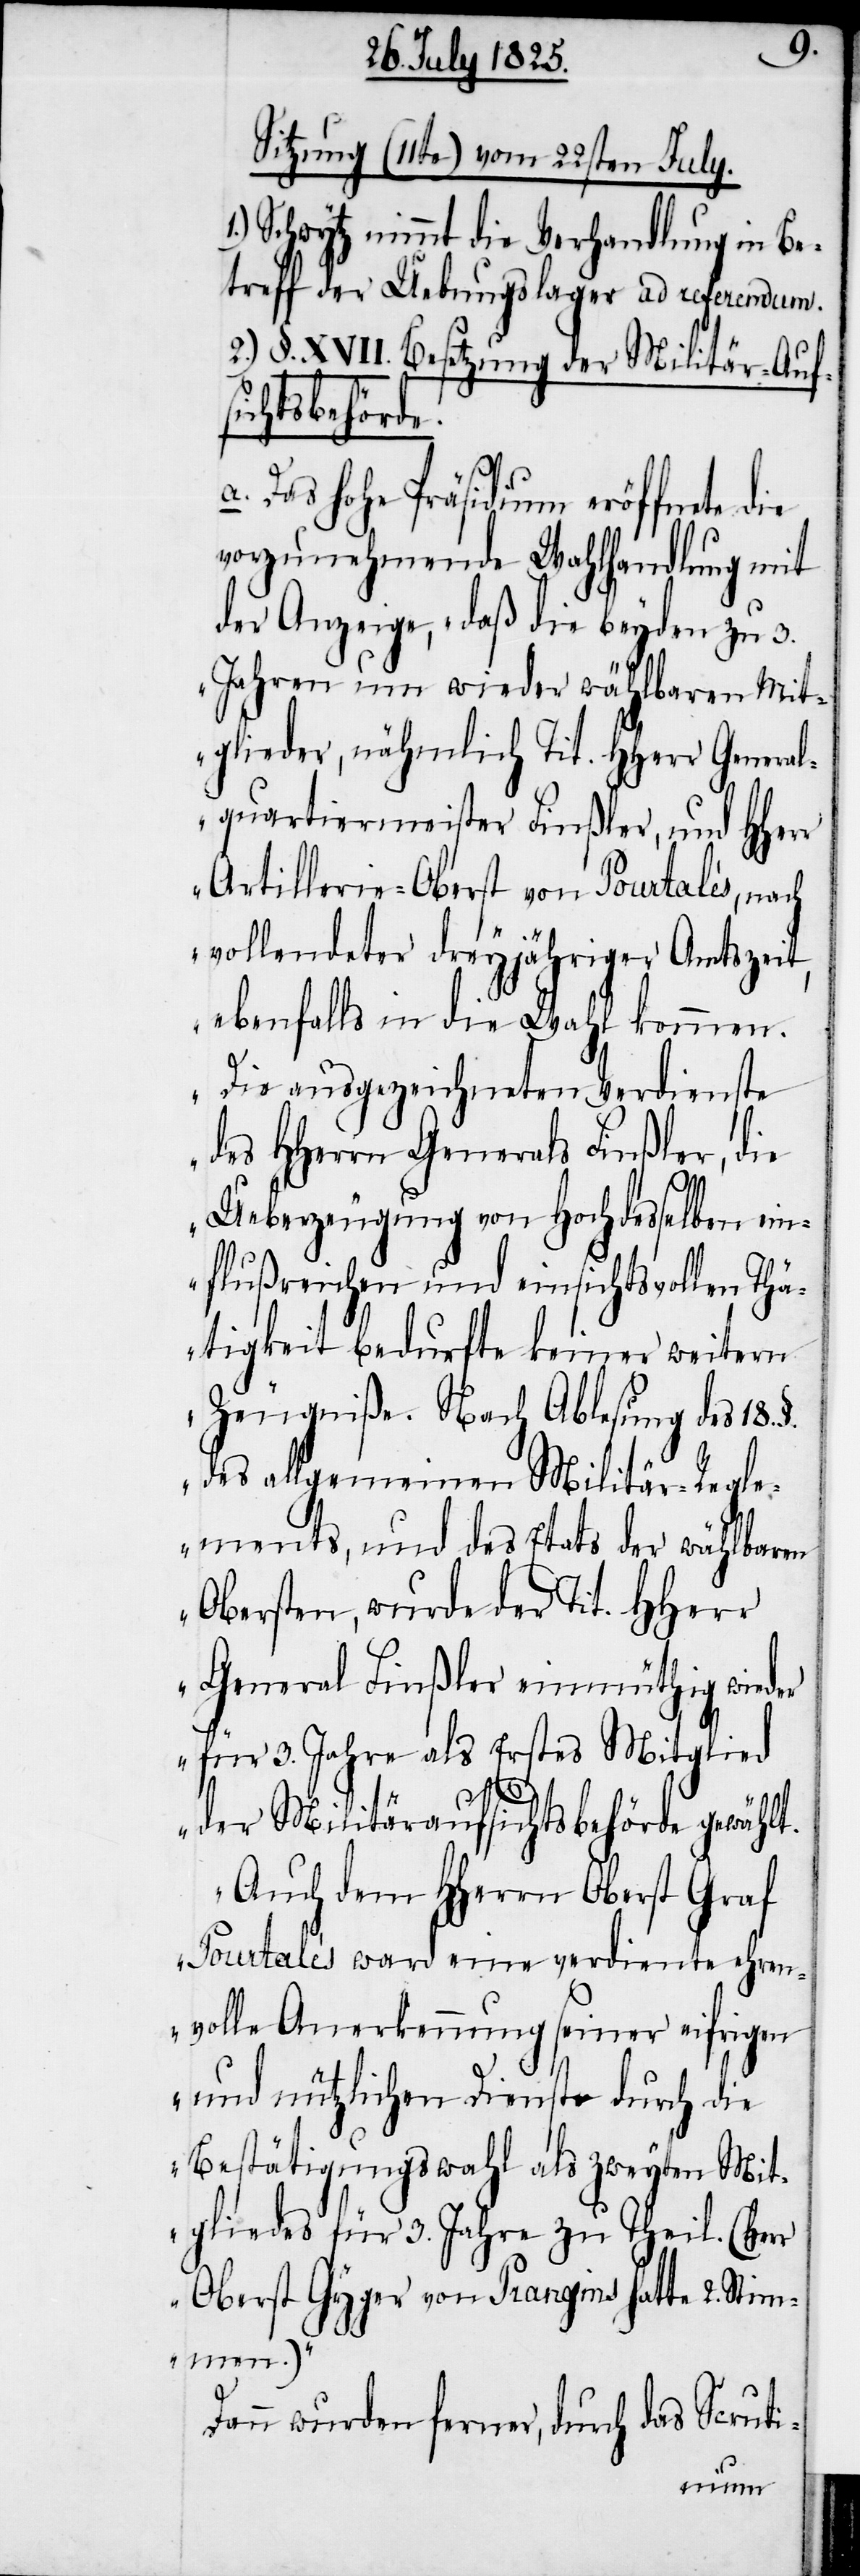
Sitzung (11te) vom 22sten July.
Schwytz nimmt die Verhandlung in Be¬
treff der Uebungslager ad referendum.
2.) §. XVII. Besetzung der Militär-Auf¬
sichtsbehörde.
a. Das hohe Präsidium eröffnete die
vorzunehmende Wahlhandlung mit
der Anzeige, „daß die beyden zu 3.
Jahren um wiederwählbaren Mit¬
glieder, nähmlich Tit. HHerr General¬
quartiermeister Finßler, und HHerr
Artillerie-Oberst von Pourtales, nach
vollendeter dreyjähriger Amtszeit,
ebenfalls in die Wahl kommen.
Die ausgezeichneten Verdienste
des HHerrn Generals Finßler, die
Ueberzeugung von Hochdeselben ein¬
flußreichen und einsichtsvoller Thä¬
tigkeit bedurfte keiner weitern
Zeugniße. Nach Ablesung des 18. §.
des allgemeinen Militär-Regle¬
ments, und des Etats der wählbaren
Obersten, wurde der Tit. Hherr
General Finßler einmüthig wieder
für 3. Jahre als Erstes Mitglied
r
der Militäraufsichtsbehörde gewählt.
Auch dem HHerrn Oberst Graf
Pourtales ward eine verdiente ehren¬
volle Anerkennung seiner eifrigen
und nützlichen Dienste durch die
Bestätigungswahl als zweyten Mit¬
gliedes für 3. Jahre zu Theil. (Her¬
Oberst Gyger von Prangins hatte 2. St¬
immen.)“
Dann wurden ferner, durch das Scruti-